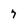
Character: 7